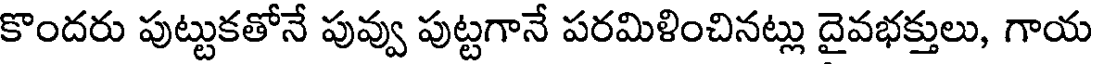
కొందరు పుట్టుకతోనే పువ్వు పుట్టగానే పరమిళించినట్లు దైవభక్తులు, గాయ